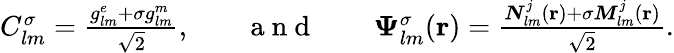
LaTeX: \begin{array}{rlrlr}{C_{lm}^{\sigma}=\frac{{g_{lm}^{e}+\sigma g_{lm}^{m}}}{\sqrt{2}},}&{{}}&{\mathrm{~a~n~d~}}&{{}}&{\boldsymbol{\Psi}_{lm}^{\sigma}({\mathbf r})=\frac{{\boldsymbol{N}}_{lm}^{j}({\mathbf r})+\sigma{\boldsymbol{M}}_{lm}^{j}({\mathbf r})}{\sqrt{2}}.}\end{array}